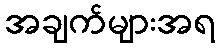
အချက်များအရ